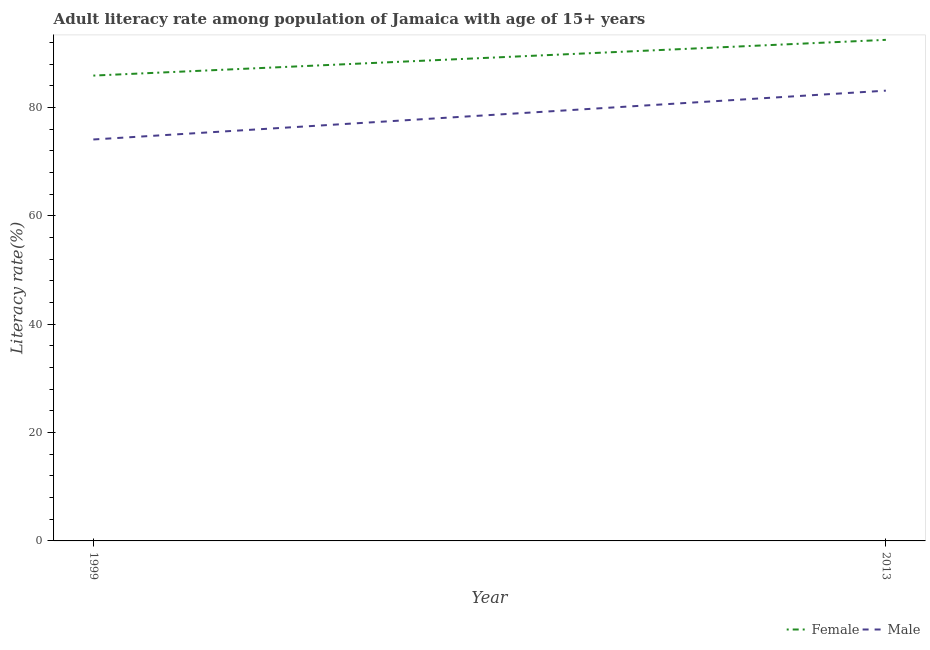
| Year | Female | Male |
 | --- | --- | --- |
 | 1999 | 85.9 | 74.1 |
 | 2013 | 92.5 | 83.1 |